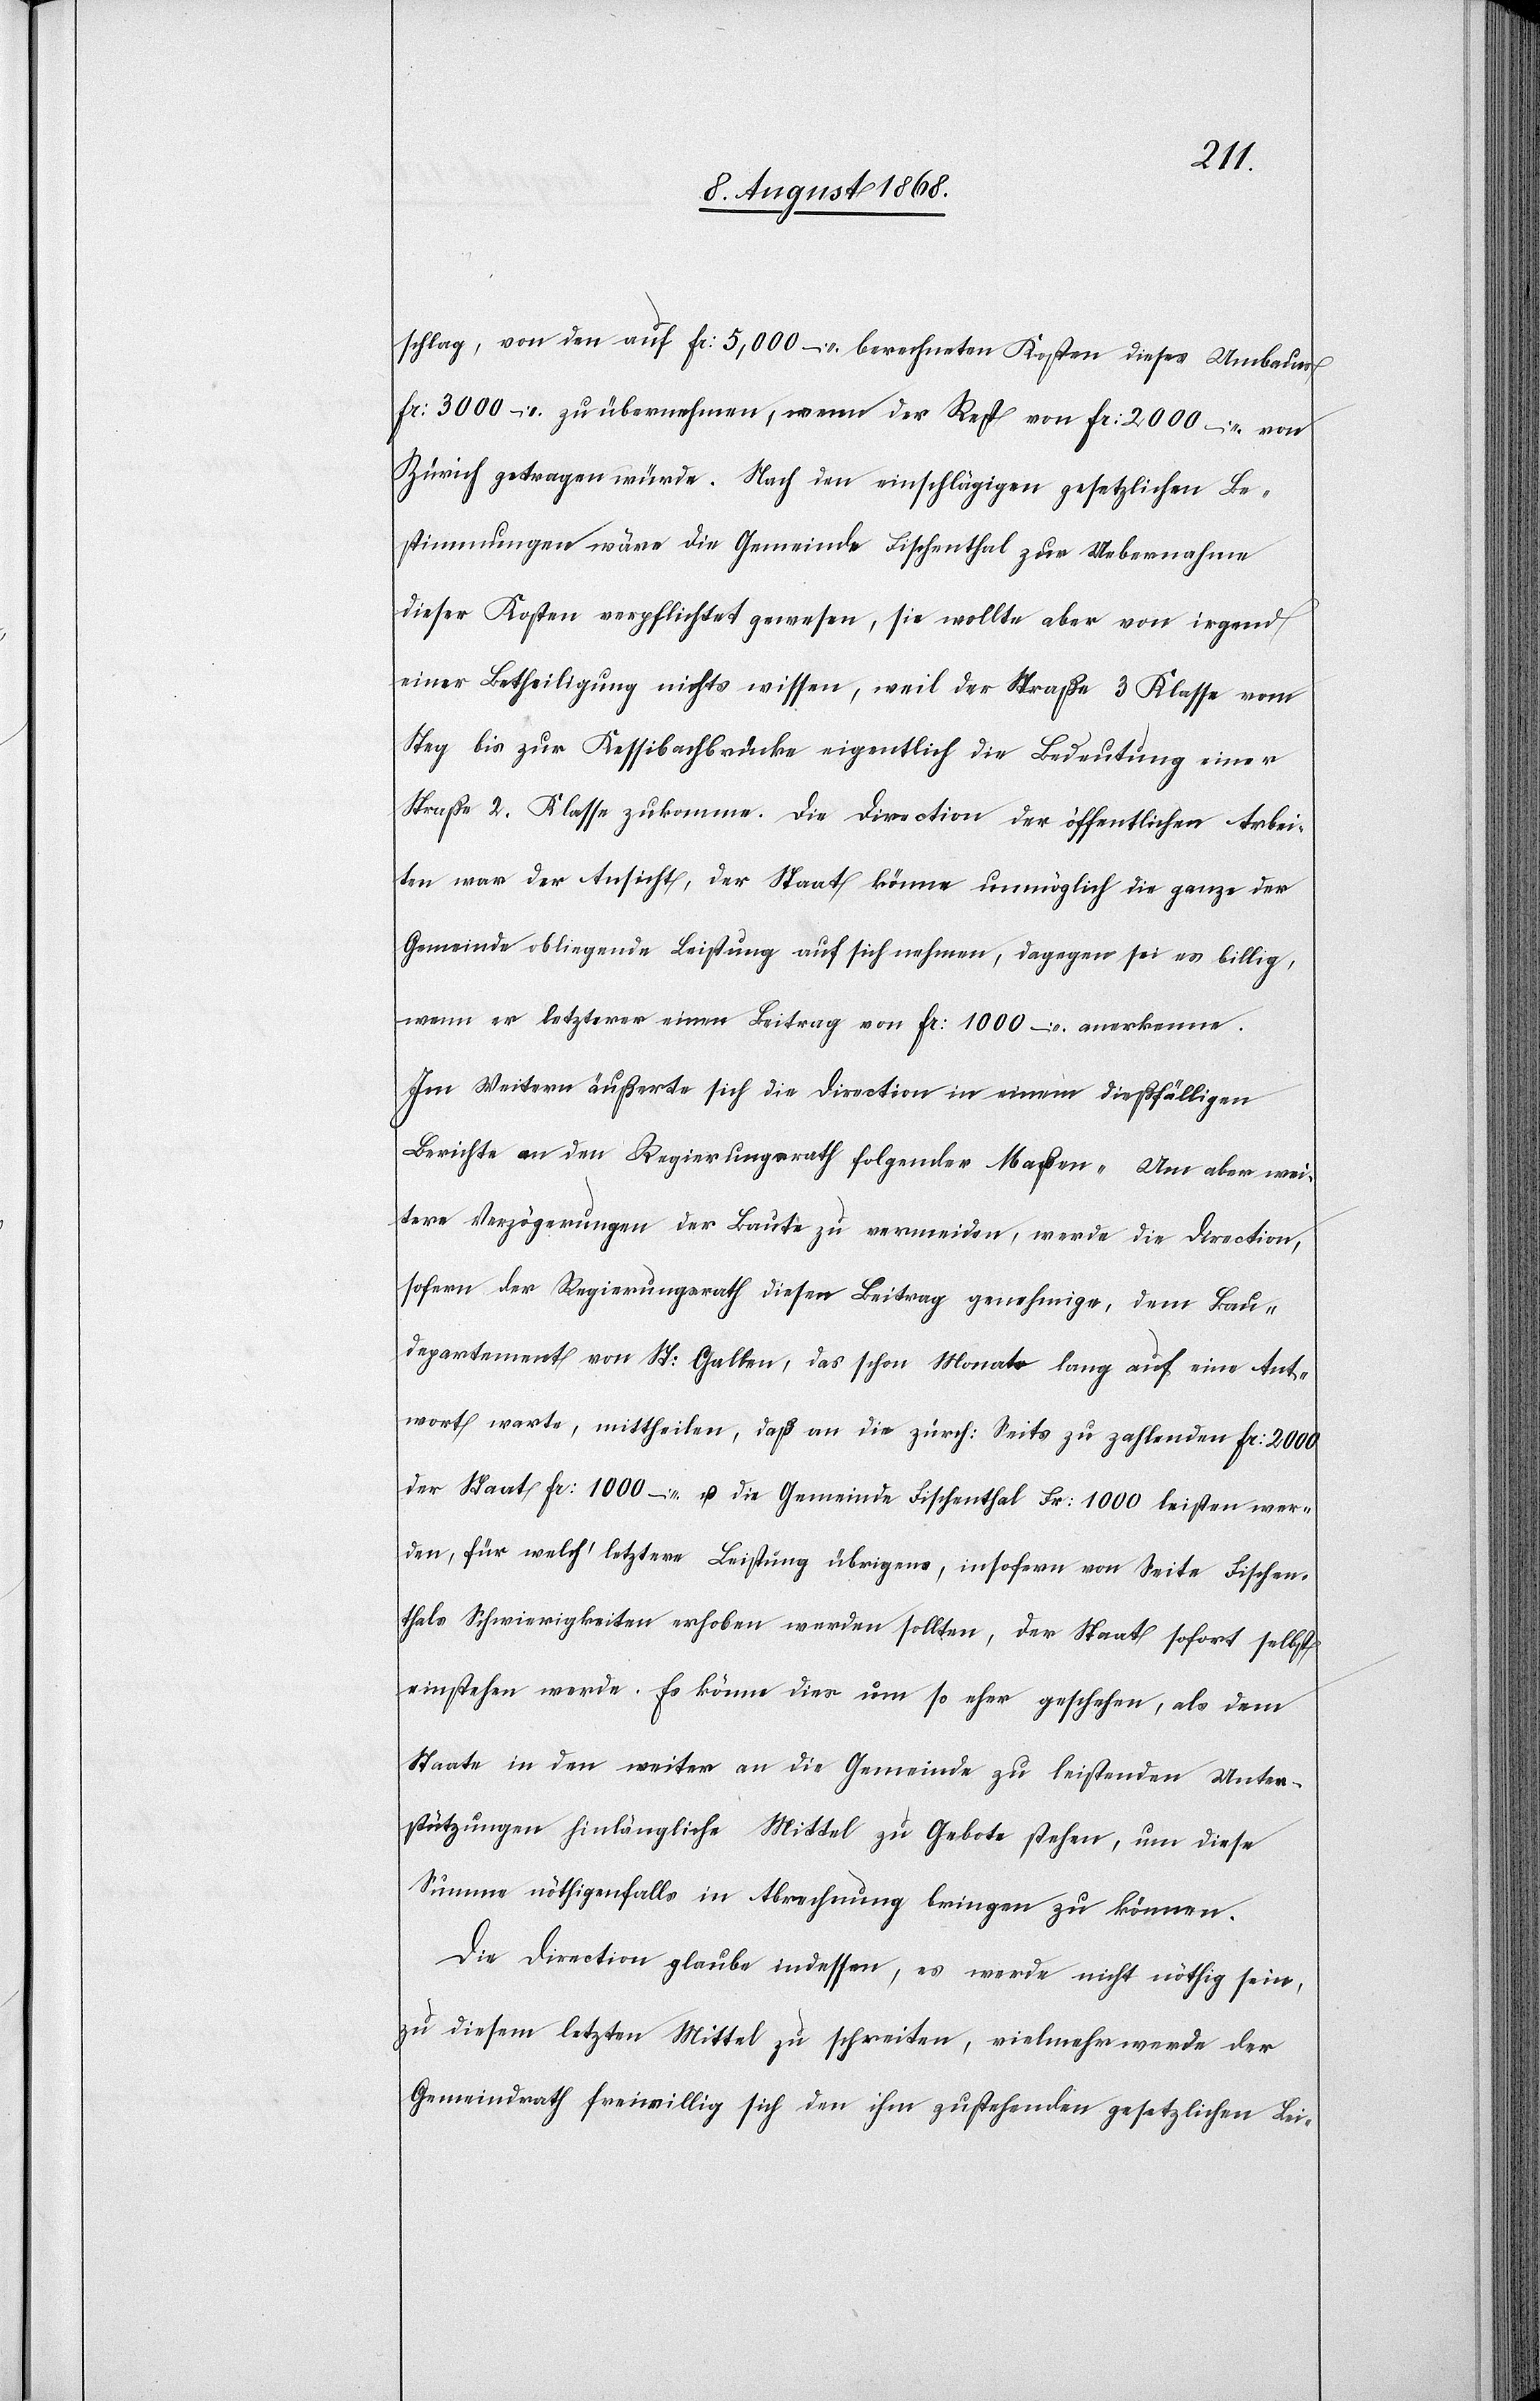
schlag, von den auf Fr: 5,000 – berechneten Kosten dieses Umbaues
Fr: 3000 – zu übernehmen, wenn der Rest von Fr: 2000 – von
Zürich getragen würde. Nach den einschlägigen gesetzlichen Be¬
stimmungen wäre die Gemeinde Fischenthal zur Uebernahme
dieser Kosten verpflichtet gewesen, sie wollte aber von irgend
einer Betheiligung nichts wissen, weil der Straße 3 Klasse vom
Steg bis zur Kessibachbrücke eigentlich die Bedeutung einer
Straße 2. Klasse zukomme. Die Direction der öffentlichen Arbei¬
ten war der Ansicht, der Staat könne unmöglich die ganze der
Gemeinde obliegende Leistung auf sich nehmen, dagegen sei es billig,
wenn er letzterer einen Beitrag von Fr: 1000 – anerkenne.
Im Weitern äußerte sich die Direction in einem dießfälligen
Berichte an den Regierungsrath folgender Maßen „Um aber wei¬
tere Verzögerungen der Baute zu vermeiden, werde die Direction,
sofern der Regierungsrath diesen Beitrag genehmige, dem Bau¬
departement von St: Gallen, das schon Monate lang auf eine Ant¬
wort warte, mittheilen, daß an die zürch: Seits zu zahlenden Fr: 2000
der Staat Fr: 1000 – u. die Gemeinde Fischenthal Fr: 1000 leisten wer¬
den, für welch‘ letztere Leistung übrigens, insofern von Seite Fischen¬
thals Schwierigkeiten erhoben werden sollten, der Staat sofort selbst
einstehen werde. Es könne dies um so eher geschehen, als dem
Staate in den weiter an die Gemeinde zu leistenden Unter¬
stützungen hinlängliche Mittel zu Gebote stehen, um diese
Summe nöthigenfalls in Abrechnung bringen zu können.
Die Direction glaube indessen, es werde nicht nöthig sein,
zu diesem letzten Mittel zu schreiten, vielmehr werde der
Gemeindrath freiwillig sich den ihm zustehenden gesetzlichen Lei-